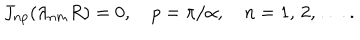
LaTeX: J _ { n p } ( \lambda _ { n m } R ) = 0 , \quad p = \pi / \alpha , \quad n = 1 , \, 2 , \, \ldots \, { . }